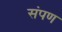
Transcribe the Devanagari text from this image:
संपण